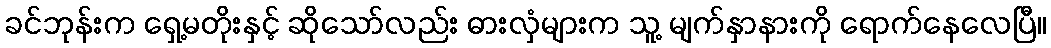
ခင်ဘုန်းက ရှေ့မတိုးနှင့် ဆိုသော်လည်း ဓားလှံများက သူ့ မျက်နှာနားကို ရောက်နေလေပြီ။